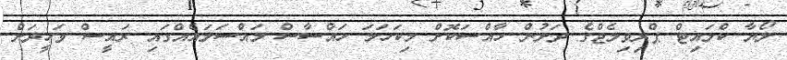
ލޯޔާ ކްލައިޓް ޕްރިވިލެޖްގެ ދަށުން ހާއްސަކޮށް މިކަހަލަ ހައްސާސް މައްސަލައެއްގައި ރައީސް ވަހީދަށް